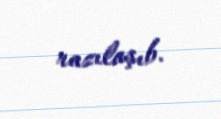
razılaşıb.